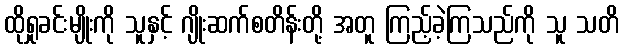
ထိုရှုခင်းမျိုးကို သူနှင့် ဂျိုးဆက်စတိန်းတို့ အတူ ကြည့်ခဲ့ကြသည်ကို သူ သတိ